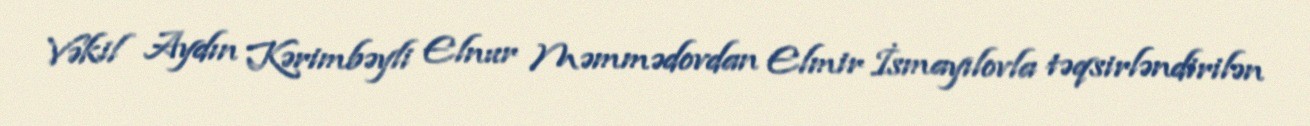
Vəkil Aydın Kərimbəyli Elnur Məmmədovdan Elmir İsmayılovla təqsirləndirilən